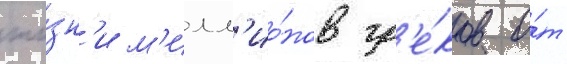
жи́зн'и м'илл'ио́нов гр'е́ков о́т